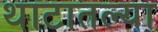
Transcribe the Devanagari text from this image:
थाटातल्या